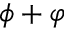
\phi + \varphi